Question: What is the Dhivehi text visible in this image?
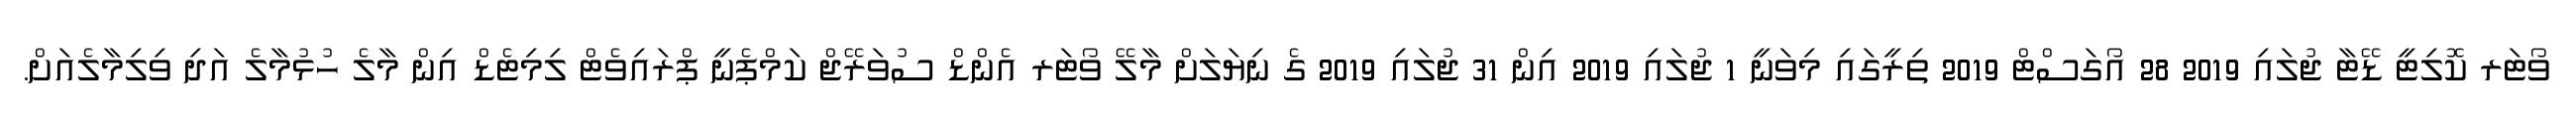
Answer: ވޯޓަރ ކޮލިޓީ ޑޭޓާ ޖުލައި 2019 28 އޯގަސްޓް 2019 ތިރީގައި މިވަނީ 1 ޖުލައި 2019 އިން 31 ޖުލައި 2019 ގެ ނިޔަލަށް މާލޭ ވޯޓަރ އެންޑް ސުވަރޭޖް ކަމްޕެނީ ޕްރައިވެޓް ލިމިޓެޑް އިން މާލެ ހުޅުމާލެ އަދި ވިލިމާލެއަށް.